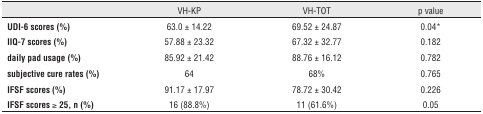
<table><thead><tr><td></td><td><b>VH-KP</b></td><td><b>VH-TOT</b></td><td><b>p value</b></td></tr></thead><tbody><tr><td><b>UDI-6 scores (%)</b></td><td>63.0 ± 14.22</td><td>69.52 ± 24.87</td><td>0.04*</td></tr><tr><td><b>IIQ-7 scores (%)</b></td><td>57.88 ± 23.32</td><td>67.32 ± 32.77</td><td>0.182</td></tr><tr><td><b>daily pad usage (%)</b></td><td>85.92 ± 21.42</td><td>88.76 ± 16.12</td><td>0.782</td></tr><tr><td><b>subjective cure rates (%)</b></td><td>64</td><td>68%</td><td>0.765</td></tr><tr><td><b>IFSF scores (%)</b></td><td>91.17 ± 17.97</td><td>78.72 ± 30.42</td><td>0.226</td></tr><tr><td><b>IFSF scores ≥ 25, n (%)</b></td><td>16 (88.8%)</td><td>11 (61.6%)</td><td>0.05</td></tr></tbody></table>